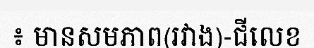
៖ មានសមភាព(រវាង)-ជីលេខ